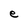
Character: e